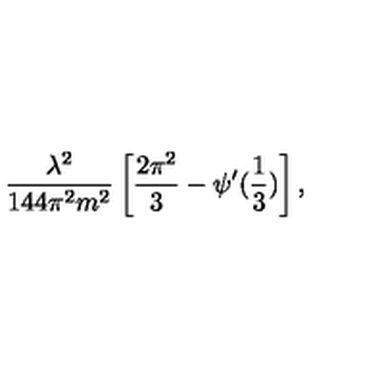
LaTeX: \frac { \lambda ^ { 2 } } { 1 4 4 \pi ^ { 2 } m ^ { 2 } } \left[ \frac { 2 \pi ^ { 2 } } { 3 } - \psi ^ { \prime } ( \frac { 1 } { 3 } ) \right] ,